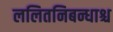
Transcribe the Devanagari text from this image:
ललितनिबन्धाश्च